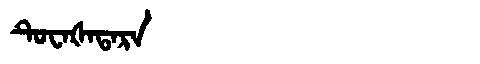
Manchu: ᡨᡠᠸᠠᡧᠠᡨᠠᡵᠠ
Romanization: TUWAŠATARA